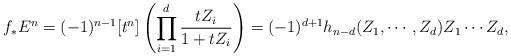
LaTeX: \begin{align*} f_* E^n=(-1)^{n-1}[t^n] \left( \prod_{i=1}^d\frac{ tZ_i}{ 1+ t Z_i}\right)= (-1)^{d+1} h_{n-d} (Z_1 , \cdots, Z_d) Z_1\cdots Z_d,\end{align*}